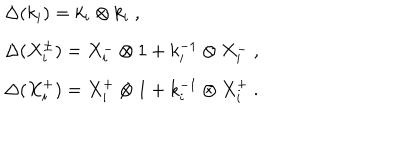
\begin{array} { r c l } { { } } & { { } } & { { \Delta ( k _ { i } ) = k _ { i } \otimes k _ { i } ~ , } } \\ { { } } & { { } } & { { \Delta ( X _ { i } ^ { \pm } ) = X _ { i } ^ { - } \otimes 1 + k _ { i } ^ { - 1 } \otimes X _ { i } ^ { - } ~ , } } \\ { { } } & { { } } & { { \Delta ( X _ { i } ^ { + } ) = X _ { i } ^ { + } \otimes 1 + k _ { i } ^ { - 1 } \otimes X _ { i } ^ { + } ~ . } } \\ \end{array}